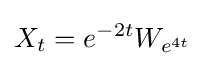
X_{t}=e^{-2t}W_{e^{4t}}